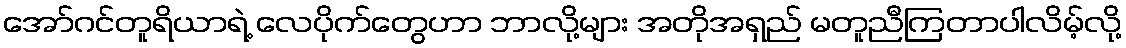
အော်ဂင်တူရိယာရဲ့ လေပိုက်တွေဟာ ဘာလို့များ အတိုအရှည် မတူညီကြတာပါလိမ့်လို့